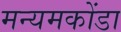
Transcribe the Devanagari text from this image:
मन्यमकोंडा